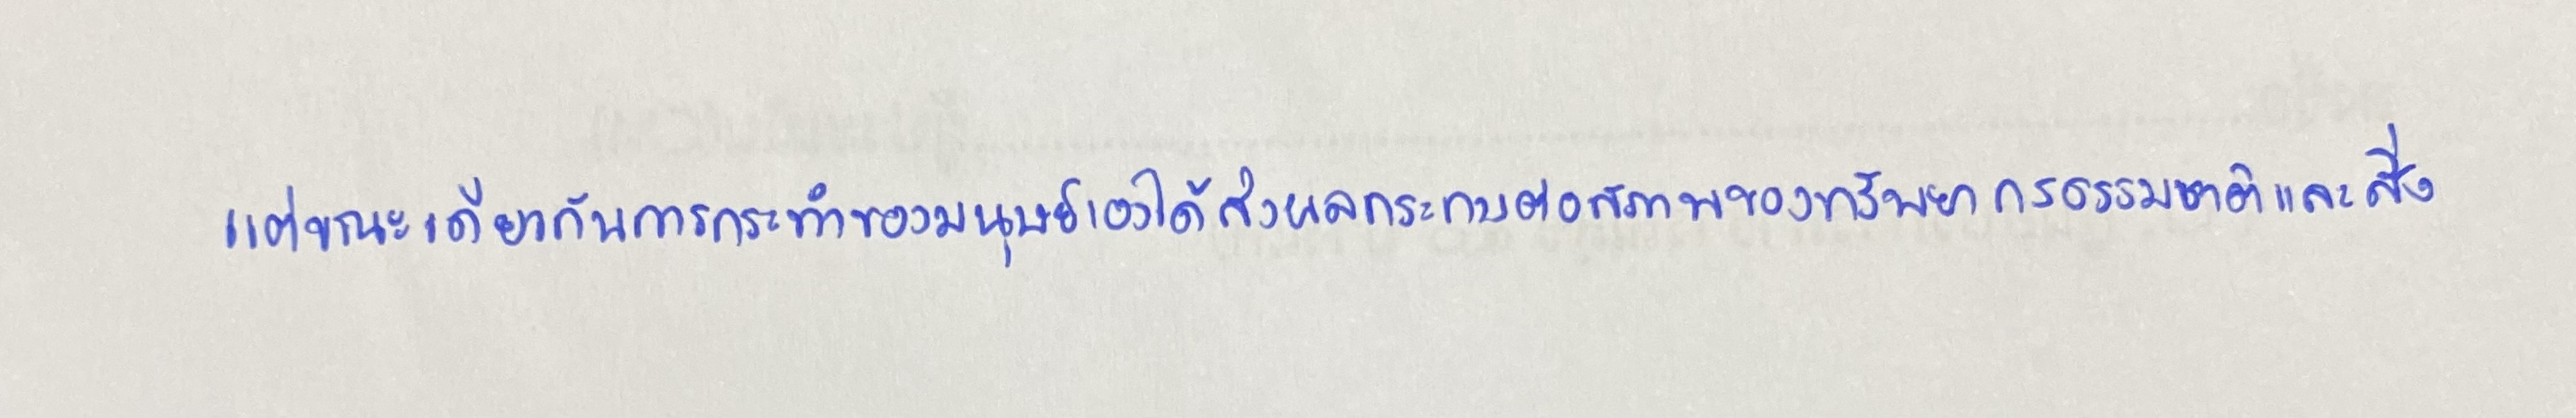
แต่ขณะเดียวกันการกระทำของมนุษย์เองได้ส่งผลกระทบต่อสภาพของทรัพยากรธรรมชาติและสิ่ง